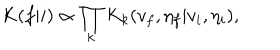
K ( f | i ) \propto \prod _ { k } K _ { k } ( v _ { f } , \eta _ { f } | v _ { i } , \eta _ { i } ) ,